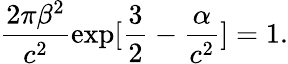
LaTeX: \frac{2\pi\beta^{2}}{c^{2}}\exp[\frac{3}{2}-\frac{\alpha}{c^{2}}]=1.